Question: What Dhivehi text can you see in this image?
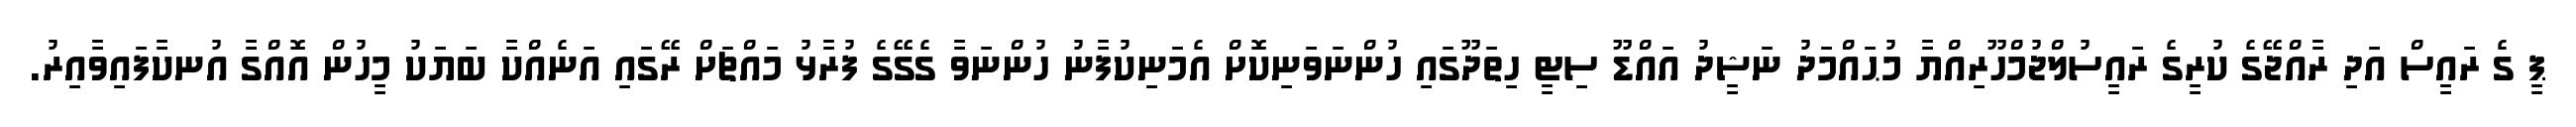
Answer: ޕީ ގެ ރައީސް އަދި ރާއްޖޭގެ ކުރީގެ ރައީސުލްޖުމްހޫރިއްޔާ މުޙައްމަދު ނަޝީދު އައްޑޫ ސިޓީ ހިތަދޫގައި ހުންނަވަނިކޮށް އެމަނިކުފާނު ހުންނަވާ ގެގޭގެ ފުރާޅު މައްޗަށް ރޭގައި އަނެއްކާ ބަޔަކު މީހުން އޮއްގާ އުނކާފައިވާއިރު.